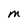
Character: M